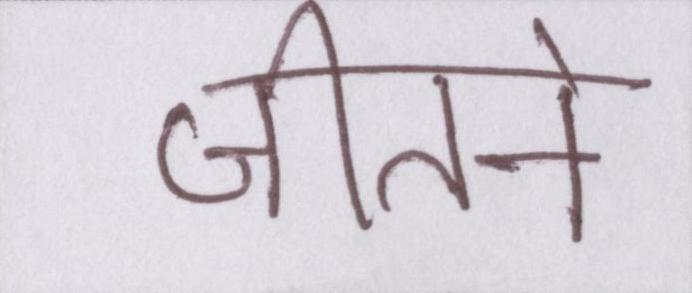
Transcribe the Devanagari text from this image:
जीतने